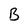
Character: B